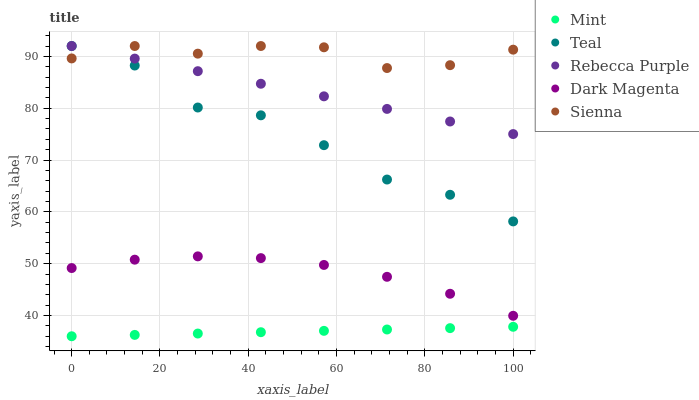
| xaxis_label | Mint | Teal | Rebecca Purple | Dark Magenta | Sienna |
 | --- | --- | --- | --- | --- | --- |
 | 0 | 36 | 92 | 92 | 49.2 | 89.6 |
 | 14.3 | 36.3 | 88.2 | 89.6 | 50.8 | 92 |
 | 28.6 | 36.5 | 80.1 | 87.1 | 51.4 | 90.5 |
 | 42.9 | 36.8 | 78.6 | 84.7 | 51.1 | 92 |
 | 57.1 | 37 | 72.9 | 82.3 | 49.8 | 91.8 |
 | 71.4 | 37.3 | 66.2 | 79.9 | 47.5 | 87.7 |
 | 85.7 | 37.6 | 63.3 | 77.4 | 44.2 | 88.3 |
 | 100 | 37.8 | 58.2 | 75 | 39.9 | 91.3 |